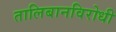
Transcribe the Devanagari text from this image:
तालिबानविरोधी